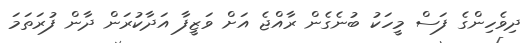
ދިވެހިންގެ ފަސް މީހަކު ބުނެގެން ރާއްޖެ އަށް ވަޒީފާ އަދާކުރަން ދާން ފުރަތަމަ